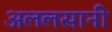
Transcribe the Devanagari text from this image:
अललसानी